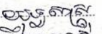
យុទ្ធសាស្ត្រ